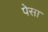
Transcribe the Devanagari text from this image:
पेसा